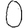
Digit: 0